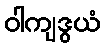
ဝါကျဒွယံ